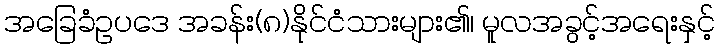
အခြေခံဥပဒေ အခန်း(၈)နိုင်ငံသားများ၏၊ မူလအခွင့်အရေးနှင့်